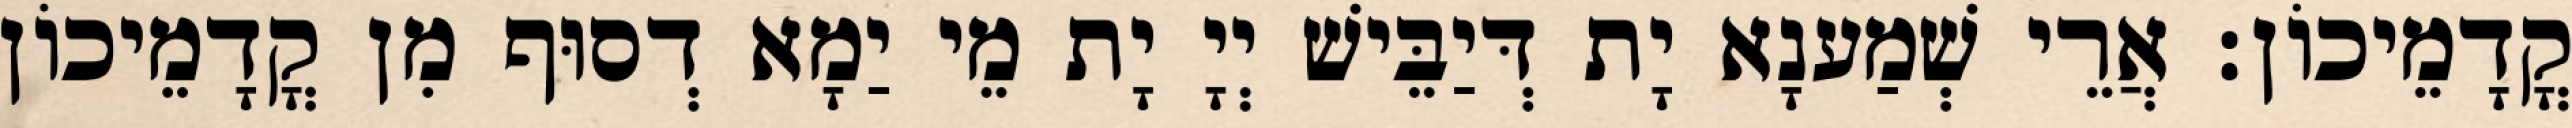
קֳדָמֵיכוֹן׃ אֲרֵי שְׁמַענָא יָת דְּיַבֵּישׁ יְיָ יָת מֵי יַמָא דְסוּף מִן קֳדָמֵיכוֹן